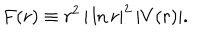
F ( r ) \equiv r ^ { 2 } \, | \ln r | ^ { 2 } \, | V ( r ) | .